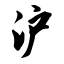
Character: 沪